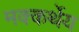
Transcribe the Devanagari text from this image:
मक्कर्थेय